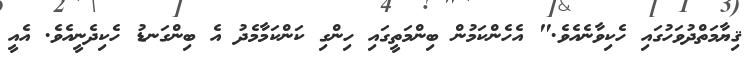
ޤިޔާމަތްދުވަހުގައި ހެކިވާނެއެވެ." އެހެންކަމުން ބިންމަތީގައި ހިންގި ކަންކަމާމެދު އެ ބިންގަނޑު ހެކިދެނީއެވެ. އެއީ